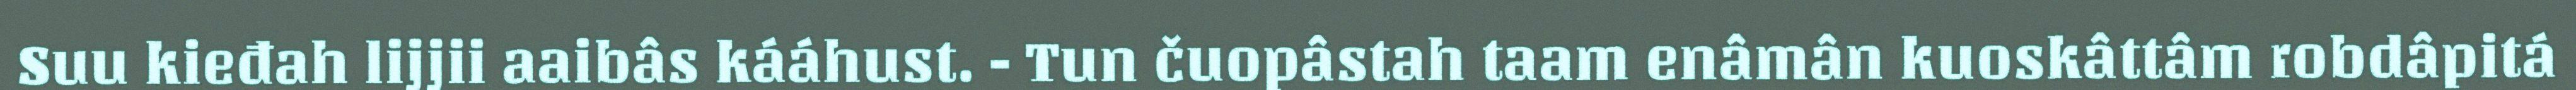
Suu kieđah lijjii aaibâs kááhust. - Tun čuopâstah taam enâmân kuoskâttâm robdâpitá